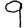
Digit: 9